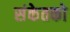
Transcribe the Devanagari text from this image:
संकेतको